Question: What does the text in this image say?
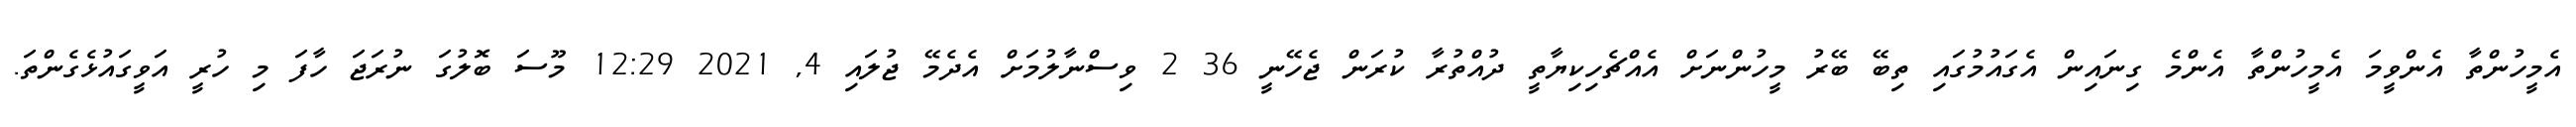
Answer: އެމީހުންތާ އެންވީމަ އެމީހުންތާ އެންމެ ގިނައިން އެގައުމުގައި ތިބޭ ބޭރު މީހުންނަށް އެއްޗެހިކިޔާތީ ދުއްތުރާ ކުރަން ޖެހޭނީ 36 2 ވިސްނާލުމަށް އެދެމޭ ޖުލައި 4, 2021 12:29 މޫސަ ބޮލުގަ ނުރަޖަ ހާފަ މި ހުރީ އަވީގައުޅެގެންތަ.